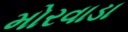
મોરવાડા